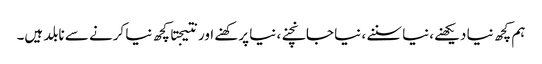
ہم کچھ نیا دیکھنے،نیا سننے ، نیا جانچنے، نیا پرکھنے اور نتیجتا کچھ نیا کرنے سے نابلد ہیں۔